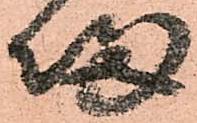
帰